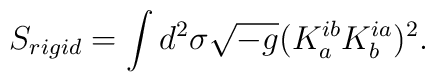
S_{rigid} = \int d^{2} \sigma \sqrt{-g}(K_{a}^{ib} K_{b}^{ia})^{2}.